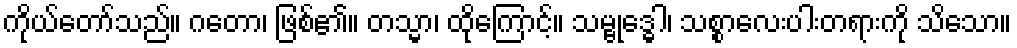
ကိုယ်တော်သည်။ ဂတော၊ ဖြစ်၏။ တသ္မာ၊ ထိုကြောင့်။ သမ္ဗုဒ္ဓေါ၊ သစ္စာလေးပါးတရားကို သိသော။